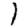
Digit: 1